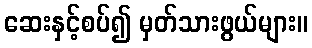
ဆေးနှင့်စပ်၍ မှတ်သားဖွယ်များ။